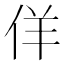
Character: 佯